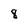
Character: 8